Vaccination in the Punjab 1919-1929 - 1919-1929
Year: 1919
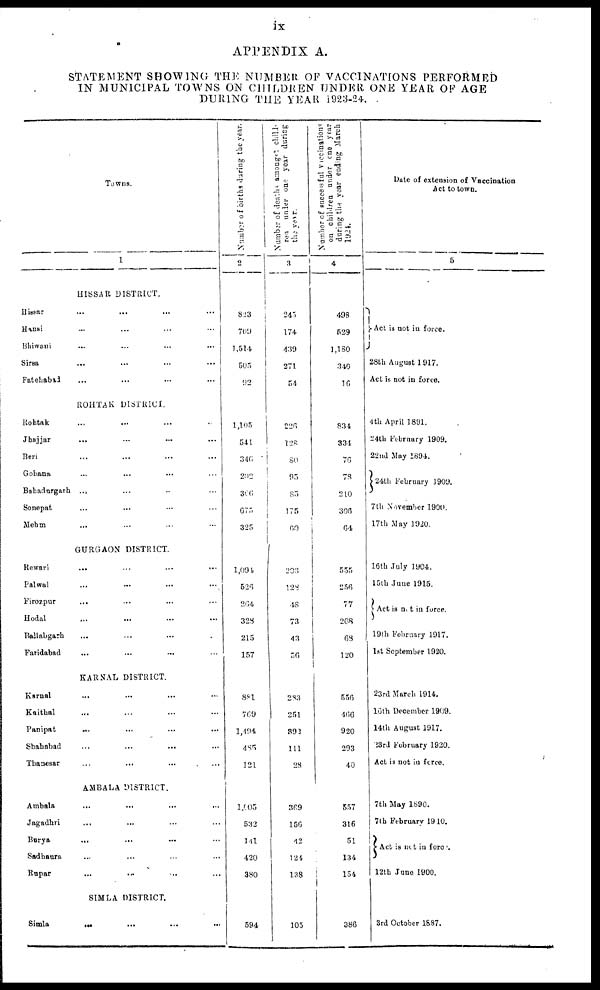
ix
APPENDIX A.
STATEMENT SHOWING THE NUMBER OF VACCINATIONS PERFORMED
IN MUNICIPAL TOWNS ON CHILDREN UNDER ONE YEAR OF AGE
DURING THE YEAR 1923-24.
Towns.
1
HISSAR DISTRICT.
Hissar
... ... ... ...
Hansi ... ... ... ...
Bhiwani
... ... ... ...
Sirsa
... ... ... ...
Fatehabad ... ... ... ...
ROHTAK DISTRICT.
Rohtak... ... ... ...
Jhajjar... ... ... ...
Beri... ... ... ...
Gohana
... ... ... ...
Bahadurgarh ... ... ... ...
Sonepat... ... ... ...
Mehm... ... ... ...
GURGAON DISTRICT.
Rewari... ... ... ...
Palwal... ... ... ...
Firozpur...
...
...
...
Hodal... ... ... ...
Ballabgarh... ... ...
Faridabad... ... ... ...
KARNAL DISTRICT.
Karnal... ... ... ...
Kaithal... ... ... ...
Panipat ... ... ... ...
Shahabad... ... ... ...
Thanesar... ... ... ...
AMBALA DISTRICT.
Ambala... ... ... ...
Jagadhri... ... ... ...
B u r y a . . .
...
...
...
Sadhaura ... ... ... ...
Rupar... ... ... ...
SIMLA DISTRICT.
Simla
... ...
...
...
Number of births during the year.
2
823
709
1,514
505
92
1,105
541
346.
202
306
675
325
1,094
526
264
328
215
157
881
769
1,494
485
121
1,005
532
141
420
380
594
Number of deaths among
child¬
ren under one year during
3
245.
174
439
271
54
226
128
80
95
85
175
60
203
128
48
73
43
56
283
251
392
111
28
369
156
42
124
138
105
Number of successful vaccinations
on children under one year
during the year ending March
1924.
4
498
529
1,180
340
16
834
334
76
78
210
306
64
555
256
77
208
68
120
556
466
920
293
40
557
316
51
134
154
386
Date of extension of Vaccination
Act to town.
5
Act is not in force.
28th August 1917.
Act is not in force.
4th April 1891.
24th February 1909.
22nd May 1894.
24th February 1909.
7th November 1900.
17th May 1900.
16th July 1904.
15th June 1915.
Act is not in force.
19th February 1917.
1st September 1920.
23rd March 1914.
16th December 1909.
14th August 1917.
23rd February 1920.
Act is not in force.
7th May 1890.
7th February 1910.
Act is not in force.
12th June 1900.
3rd October 1887.